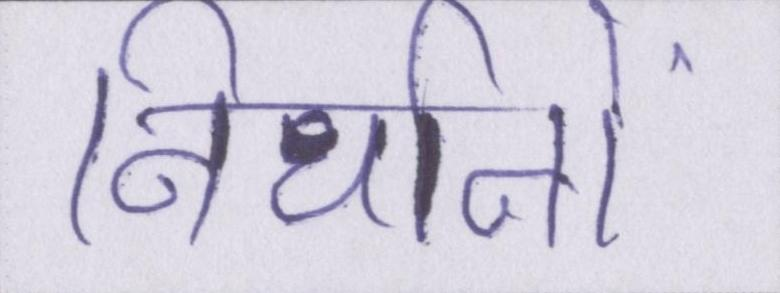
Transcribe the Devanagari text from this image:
निर्धानों